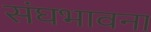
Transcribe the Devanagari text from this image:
संघभावना